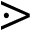
\gtrdot